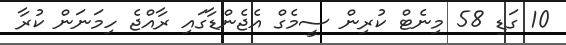
10 ގަޑި 58 މިނެޓް ކުރިން ސީމެގް އެޖެންޑާގައި ރާއްޖެ ހިމަނަން ކުރާ